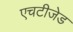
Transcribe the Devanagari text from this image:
एचटीजेड